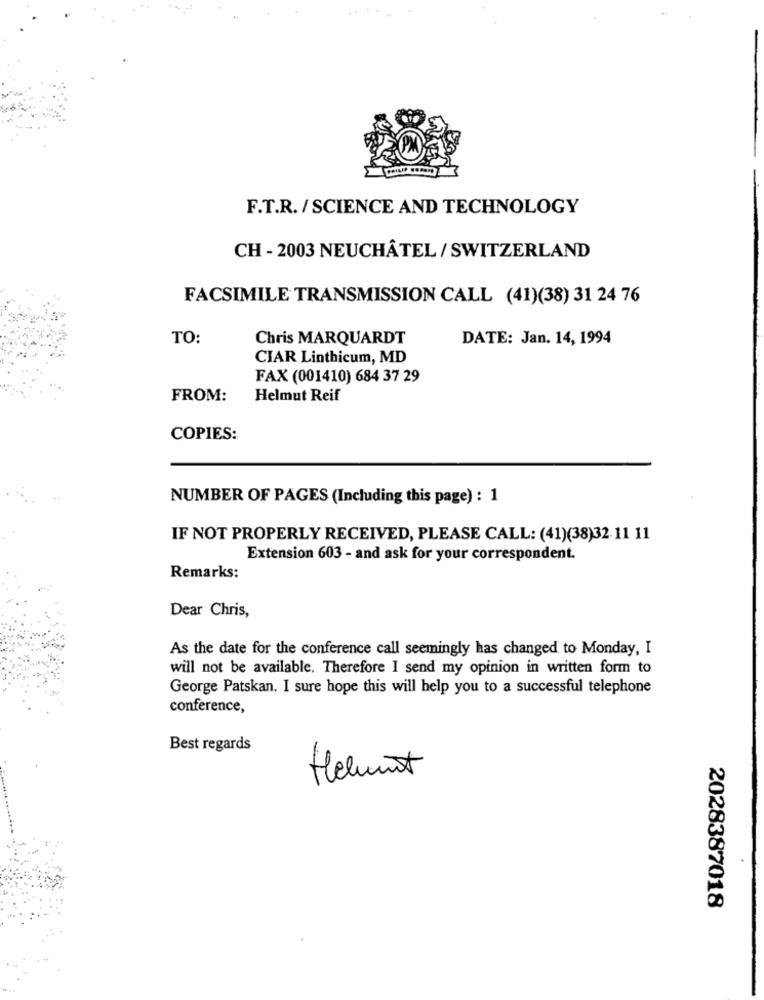
F.T.R. / SCIENCE AND TECHNOLOGY
CH - 2003 NEUCHÂTEL / SWITZERLAND
FACSIMILE TRANSMISSION CALL (41)(38) 31 24 76
TO:
Chris MARQUARDT
DATE: Jan. 14, 1994
CIAR Linthicum, MD
FAX (001410) 684 37 29
FROM:
Helmut Reif
COPIES:
NUMBER OF PAGES (Including this page) : 1
IF NOT PROPERLY RECEIVED, PLEASE CALL: (41)(38)32 11 11
Extension 603 - and ask for your correspondent.
Remarks:
Dear Chris,
As the date for the conference call seemingly has changed to Monday, I
will not be available. Therefore I send my opinion in written form to
George Patskan. I sure hope this will help you to a successful telephone
conference,
Best regards
Helmut
2028387018